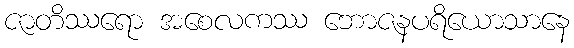
ဇာတိဿရော အစေလကဿ ဘောဇနပရိယောသာနေ